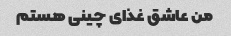
من عاشق غذای چینی هستم